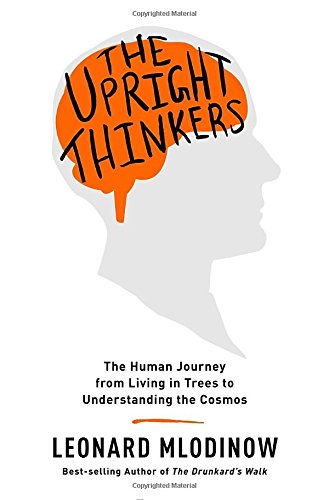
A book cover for The Upright Thinkers: The Human Journey from Living in Trees to Understanding the Cosmos; Leonard Mlodinow; Science & Math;